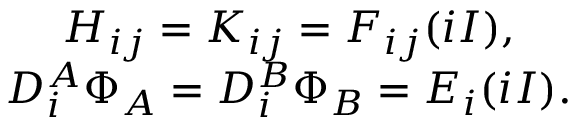
\begin{array} { c } { { H _ { i j } = K _ { i j } = F _ { i j } ( i I ) , } } \\ { { D _ { i } ^ { A } \Phi _ { A } = D _ { i } ^ { B } \Phi _ { B } = E _ { i } ( i I ) . } } \end{array}